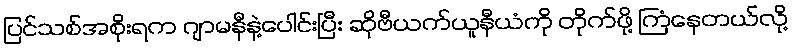
ပြင်သစ်အစိုးရက ဂျာမနီနဲ့ပေါင်းပြီး ဆိုဗီယက်ယူနီယံကို တိုက်ဖို့ ကြံနေတယ်လို့